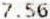
7.56